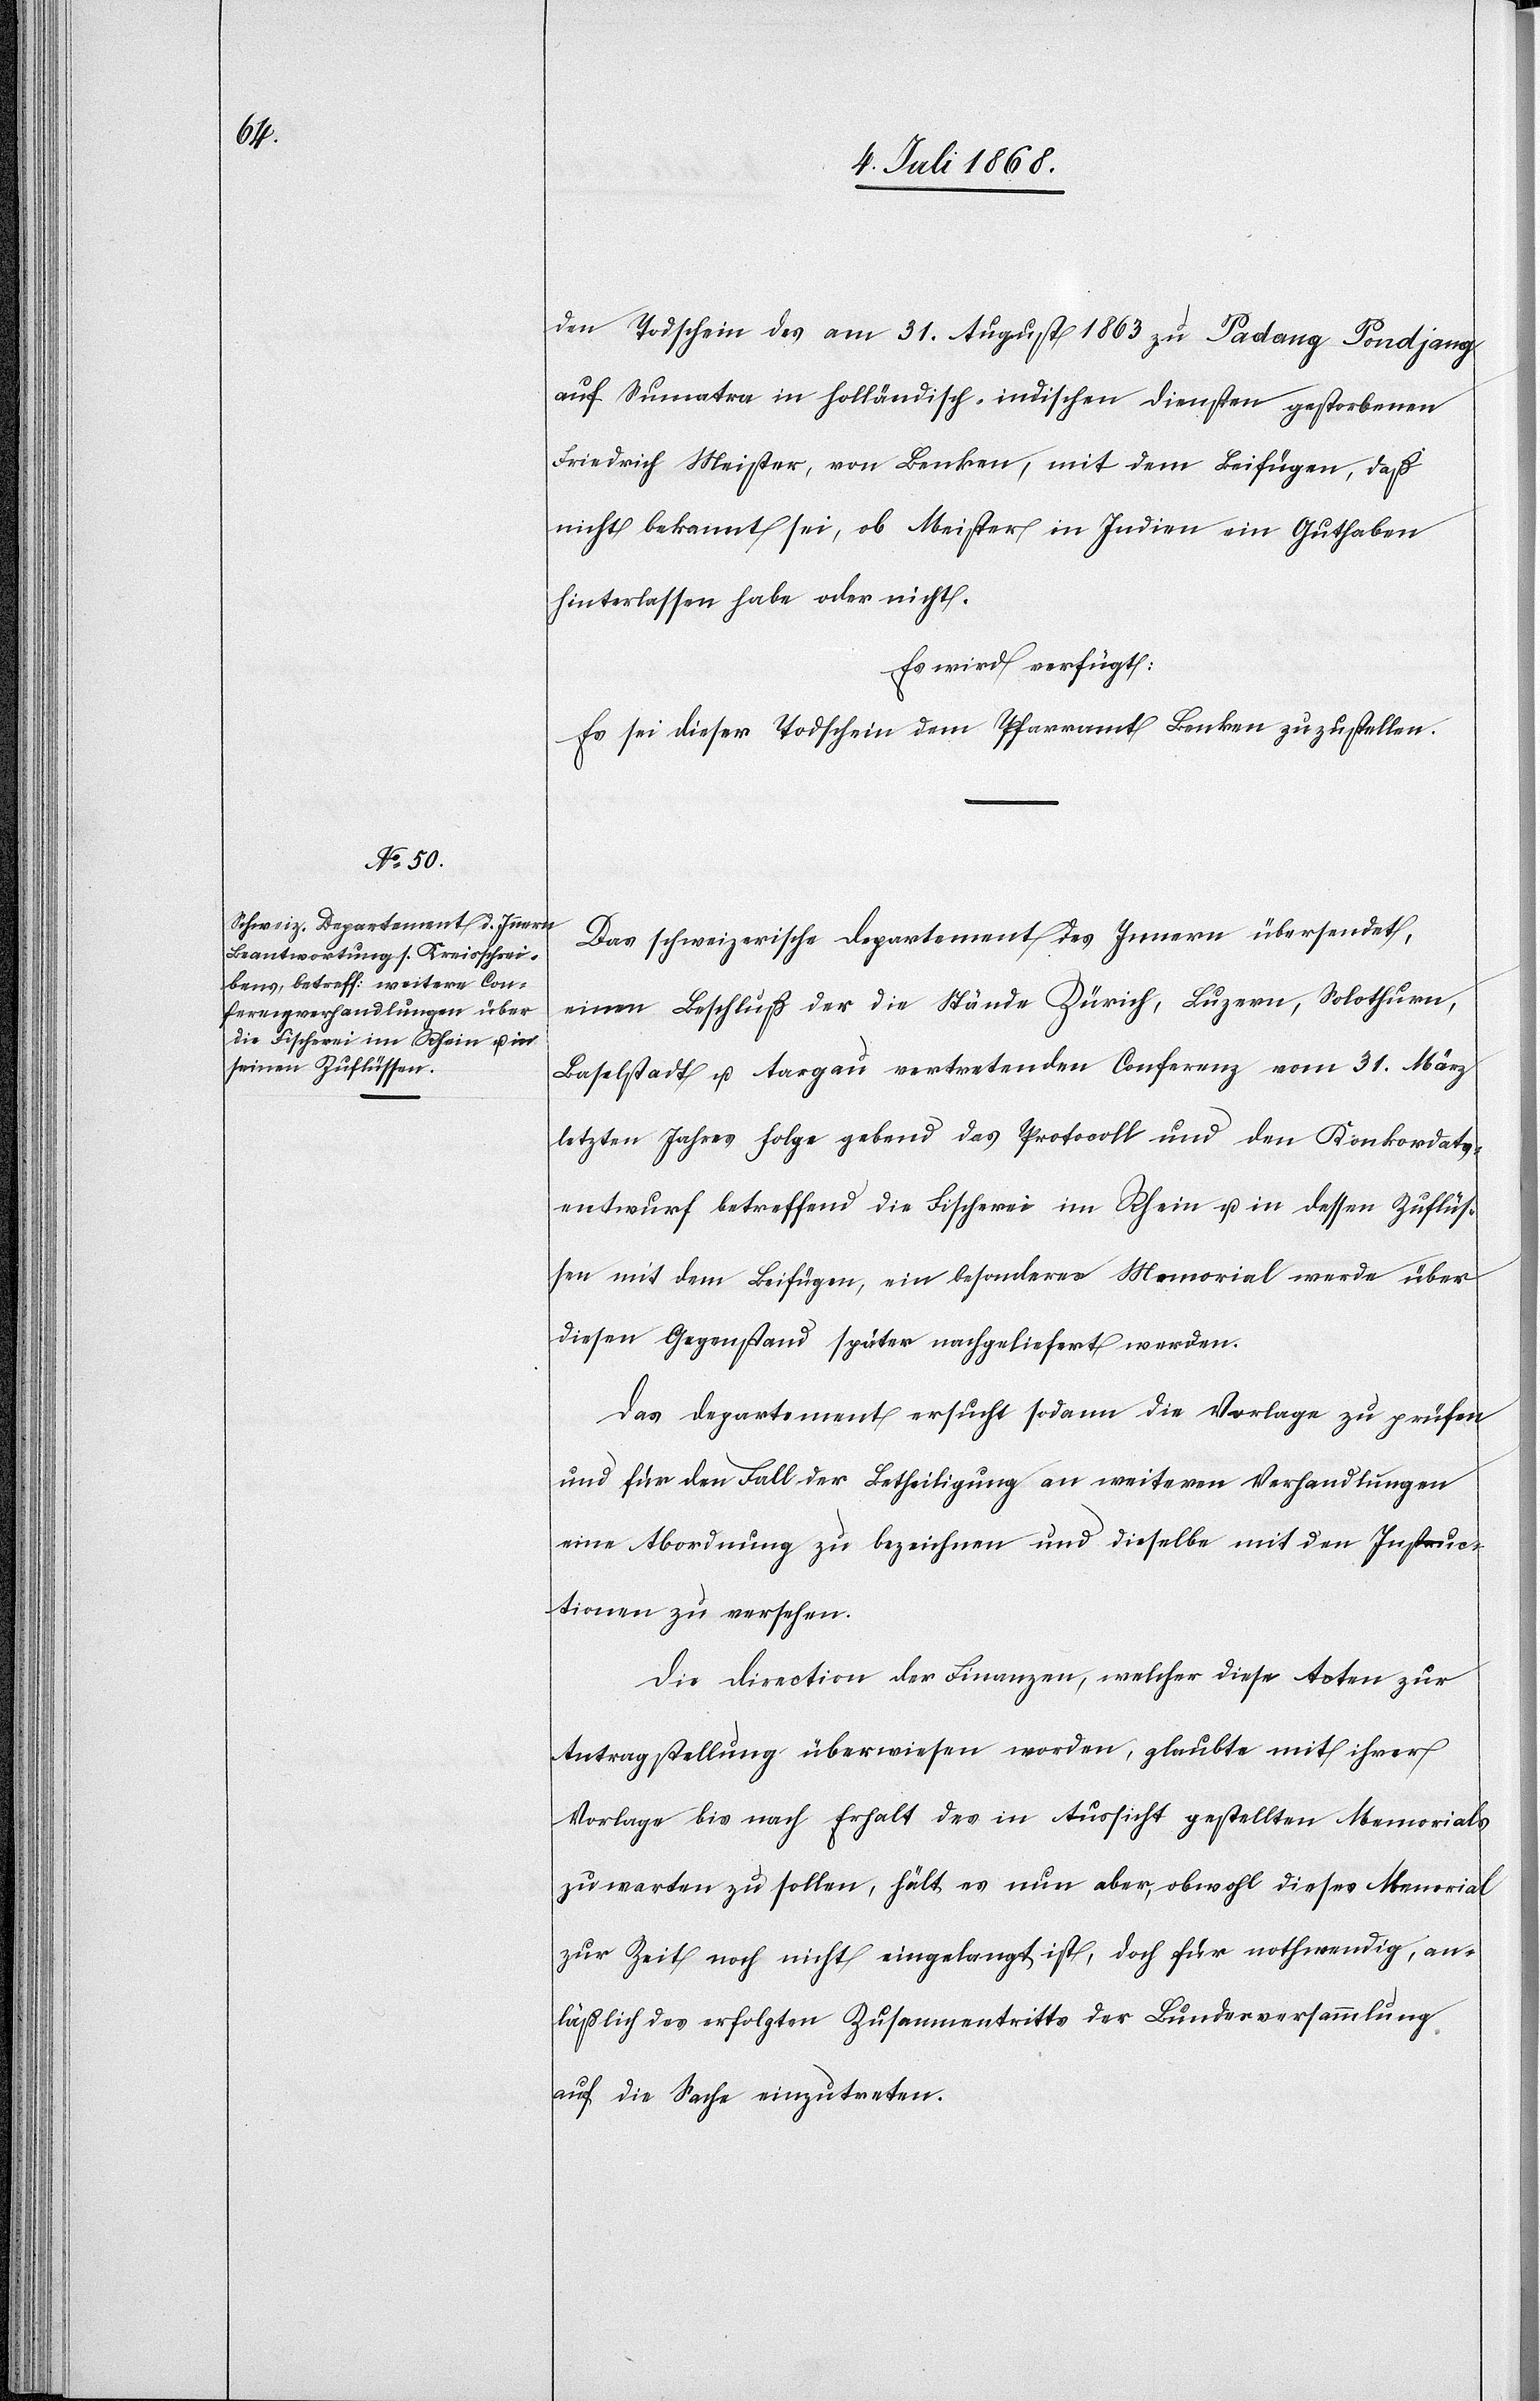
8. Juli 1868.]
den Todschein des am 31. August 1863 zu Padang Pondjang
auf Sumatra in holländisch-indischen Diensten gestorbenen
Friedrich Meister, von Benken, mit dem Beifügen, daß
nicht bekannt sei, ob Meister in Indien ein Guthaben
hinterlassen habe oder nicht.
Es wird verfügt:
Es sei dieser Todschein dem Pfarramt Benken zuzustellen.
Das schweizerische Departement des Innern übersendet,
einem] Beschluß der die Stände Zürich, Luzern, Solothurn,
Baselstadt u. Aargau vertretenden Conferenz vom 31. März
letzten Jahres Folge gebend das Protocoll und den Konkordats¬
entwurf betreffend die Fischerei im Rhein u. in dessen Zuflüs¬
sen mit dem Beifügen, ein besonderes Memorial werde über
diesen Gegenstand später nachgeliefert werden.
Das Departement ersucht sodann die Vorlage zu prüfen
und für den Fall der Betheiligung an weiteren Verhandlungen
eine Abordnung zu bezeichnen und dieselbe mit den Instruc¬
tionen zu versehen.
Die Direction der Finanzen, welcher diese Acten zur
Antragstellung überwiesen worden, glaubte mit ihrer
Vorlage bis nach Erhalt des in Aussicht gestellten Memorials
zuwarten zu sollen, hält es nun aber, obwohl dieses Memorial
zur Zeit noch nicht eingelangt ist, doch für nothwendig, an¬
läßlich des erfolgten Zusammentritts der Bundesversammlung
auf die Sache einzutreten.